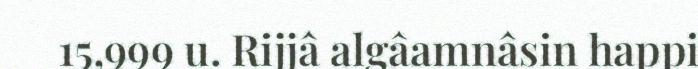
15,999 u. Rijjâ algâamnâsin happi